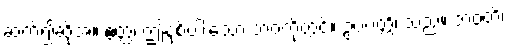
ဆက်၍ဆိုအံ့။ ဧတ္ထ၊ ဤနှစ်ပါးသော ဘဝတို့တွင်။ ဥပပတ္တိ၊ သည်။ ဘဝတိ၊